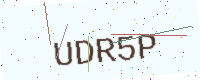
Text: UDR5P